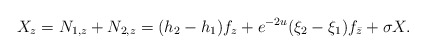
\begin{align*} X_z= N_{1,z} + N_{2,z} = (h_2-h_1) f_z + e^{-2u} (\xi_2-\xi_1) f_{\bar{z}}+ \sigma X. \end{align*}